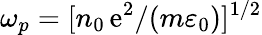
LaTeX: \omega_{p}=[n_{0}\, \mathrm{e}^{2}/(m\varepsilon_{0})]^{1/2}